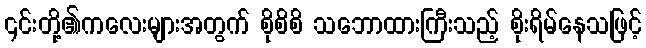
၎င်းတို့၏ကလေးများအတွက် စိုစိစိ သဘောထားကြီးသည့် စိုးရိမ်နေသဖြင့်